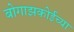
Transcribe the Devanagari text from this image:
बोगाझकोईच्या